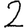
Digit: 2